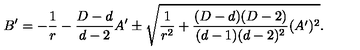
B ^ { \prime } = - { \frac { 1 } { r } } - { \frac { D - d } { d - 2 } } A ^ { \prime } \pm \sqrt { { \frac { 1 } { r ^ { 2 } } } + { \frac { ( D - d ) ( D - 2 ) } { ( d - 1 ) ( d - 2 ) ^ { 2 } } } ( A ^ { \prime } ) ^ { 2 } } .